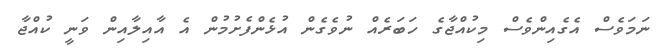
ނަމަވެސް އެގެއިންވެސް މިކުއްޖާގެ ހަބަރެއް ނުވެގެން އުޅެންފެށުމުން އެ އާއިލާއިން ވަނީ ކުއްޖާ